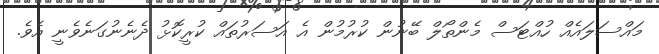
މައްސަލައެއް ހުއްޓަސް މެންތޯލް ބޭނުން ކުރުމުން އެ އަސަރުތައް ކުރީކޮޅު ދެނެނުގަނެވެނީ އެވެ.